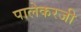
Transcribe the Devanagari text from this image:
पालेकरजी